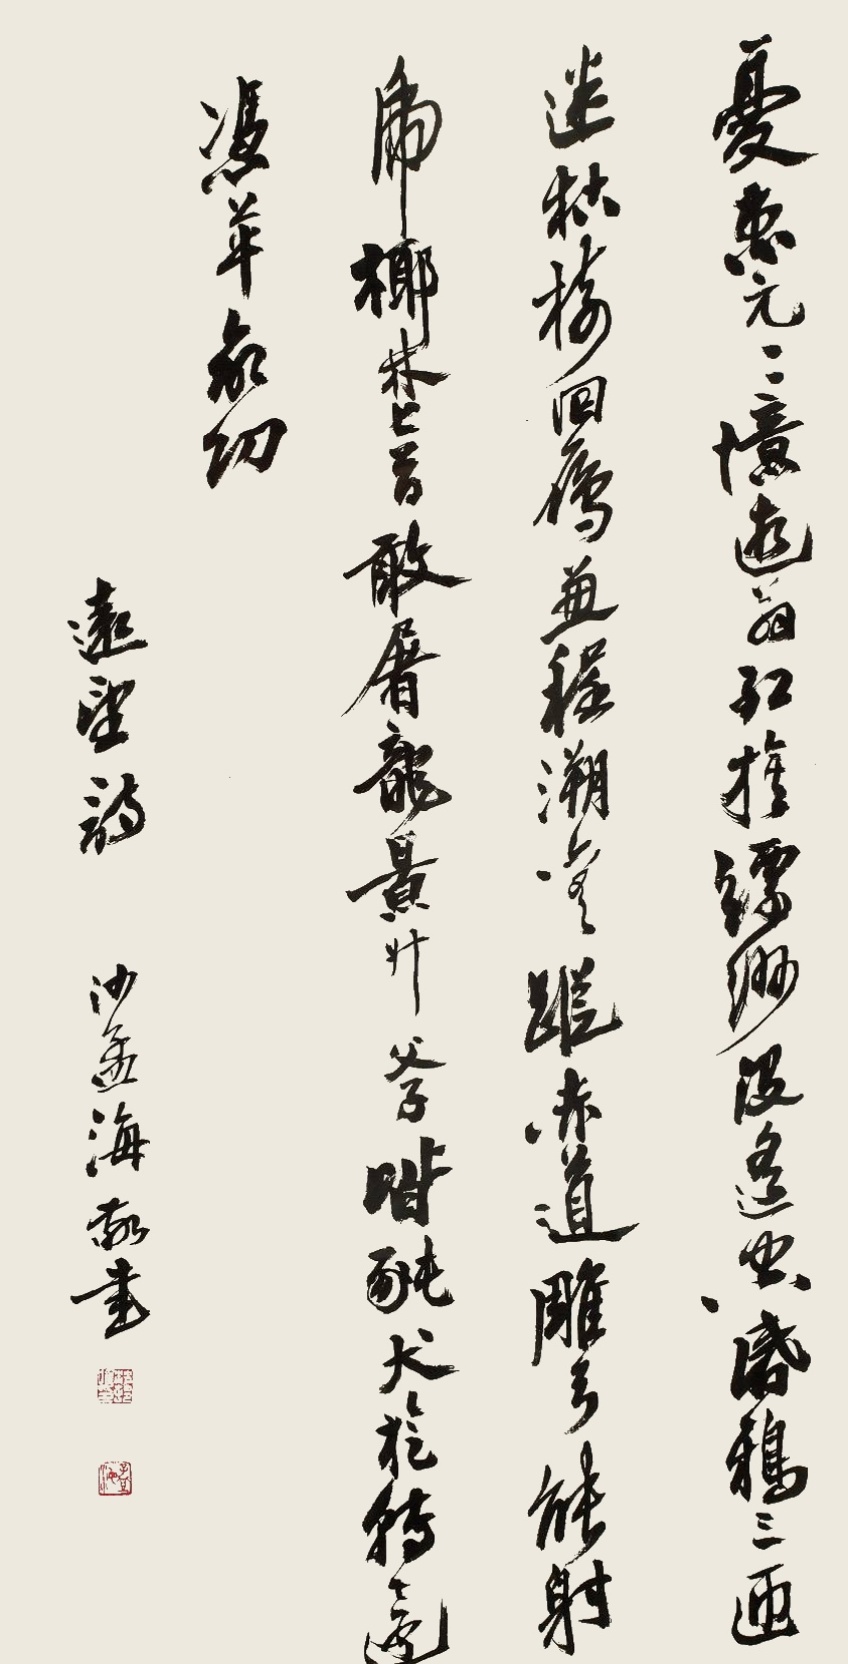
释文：忧患元元忆逝翁，红旗缥缈没遥空。昏鸦三匝迷枯树，回雁兼程溯旧踪。赤道雕弓能射虎，椰林匕首敢屠龙。景升父子皆豚犬，旋转还凭革命功。叶副主席远望诗，沙孟海敬书。